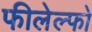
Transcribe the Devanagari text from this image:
फीलेल्फो